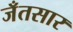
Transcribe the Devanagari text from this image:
जँतसार